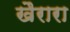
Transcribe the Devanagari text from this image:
खैरारा